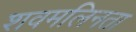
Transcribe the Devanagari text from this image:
शवमलिनता